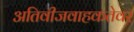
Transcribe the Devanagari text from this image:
अतिवीजवाहकतेवर